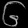
Digit: ၆